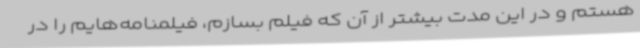
هستم و در این مدت بیشتر از آن که فیلم بسازم، فیلمنامه‌هایم را در